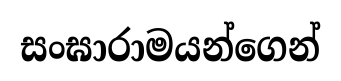
සංඝාරාමයන්ගෙන්